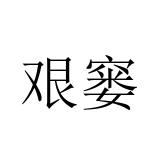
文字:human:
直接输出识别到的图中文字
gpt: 艰窭